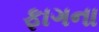
ફાગના